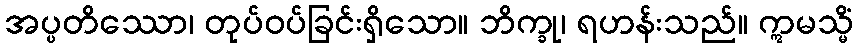
အပ္ပတိဿော၊ တုပ်ဝပ်ခြင်းရှိသော။ ဘိက္ခု၊ ရဟန်းသည်။ ဣမသ္မိံ